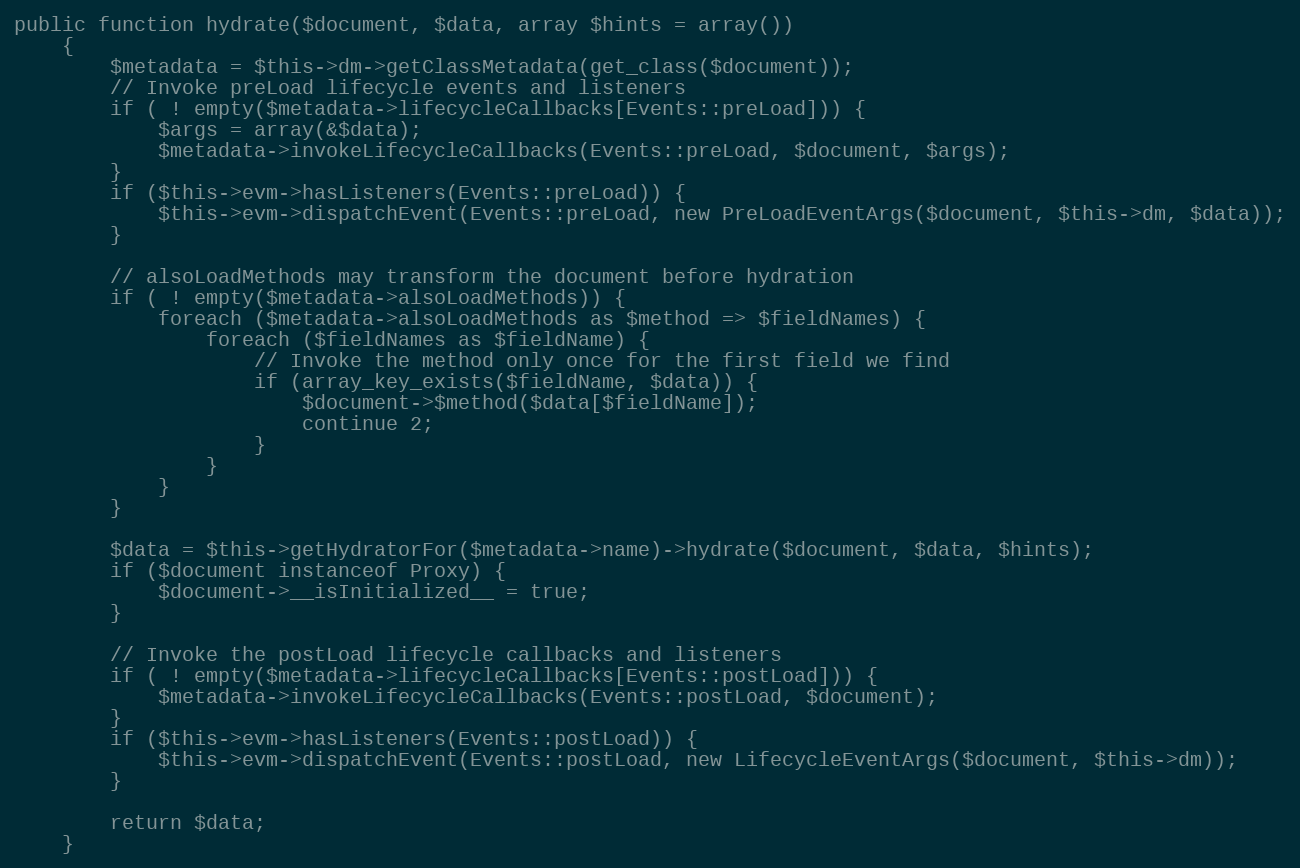
Language: PHP
public function hydrate($document, $data, array $hints = array())
    {
        $metadata = $this->dm->getClassMetadata(get_class($document));
        // Invoke preLoad lifecycle events and listeners
        if ( ! empty($metadata->lifecycleCallbacks[Events::preLoad])) {
            $args = array(&$data);
            $metadata->invokeLifecycleCallbacks(Events::preLoad, $document, $args);
        }
        if ($this->evm->hasListeners(Events::preLoad)) {
            $this->evm->dispatchEvent(Events::preLoad, new PreLoadEventArgs($document, $this->dm, $data));
        }

        // alsoLoadMethods may transform the document before hydration
        if ( ! empty($metadata->alsoLoadMethods)) {
            foreach ($metadata->alsoLoadMethods as $method => $fieldNames) {
                foreach ($fieldNames as $fieldName) {
                    // Invoke the method only once for the first field we find
                    if (array_key_exists($fieldName, $data)) {
                        $document->$method($data[$fieldName]);
                        continue 2;
                    }
                }
            }
        }

        $data = $this->getHydratorFor($metadata->name)->hydrate($document, $data, $hints);
        if ($document instanceof Proxy) {
            $document->__isInitialized__ = true;
        }

        // Invoke the postLoad lifecycle callbacks and listeners
        if ( ! empty($metadata->lifecycleCallbacks[Events::postLoad])) {
            $metadata->invokeLifecycleCallbacks(Events::postLoad, $document);
        }
        if ($this->evm->hasListeners(Events::postLoad)) {
            $this->evm->dispatchEvent(Events::postLoad, new LifecycleEventArgs($document, $this->dm));
        }

        return $data;
    }